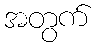
အတွက်